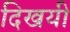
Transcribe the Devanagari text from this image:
दिखयी